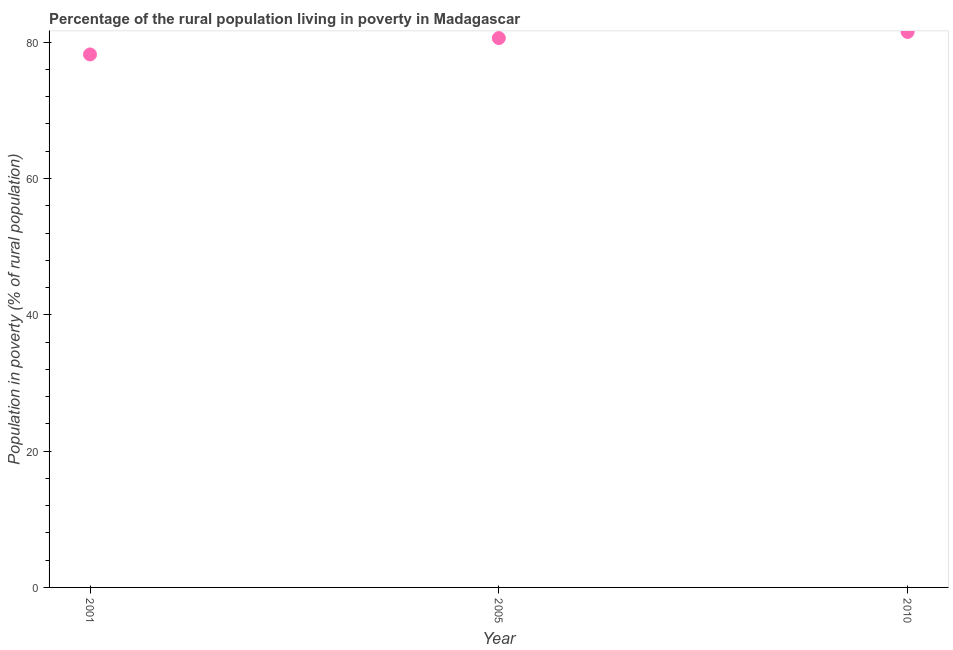
| Year | Rural poverty headcount ratio |
 | --- | --- |
 | 2001 | 78.2 |
 | 2005 | 80.6 |
 | 2010 | 81.5 |